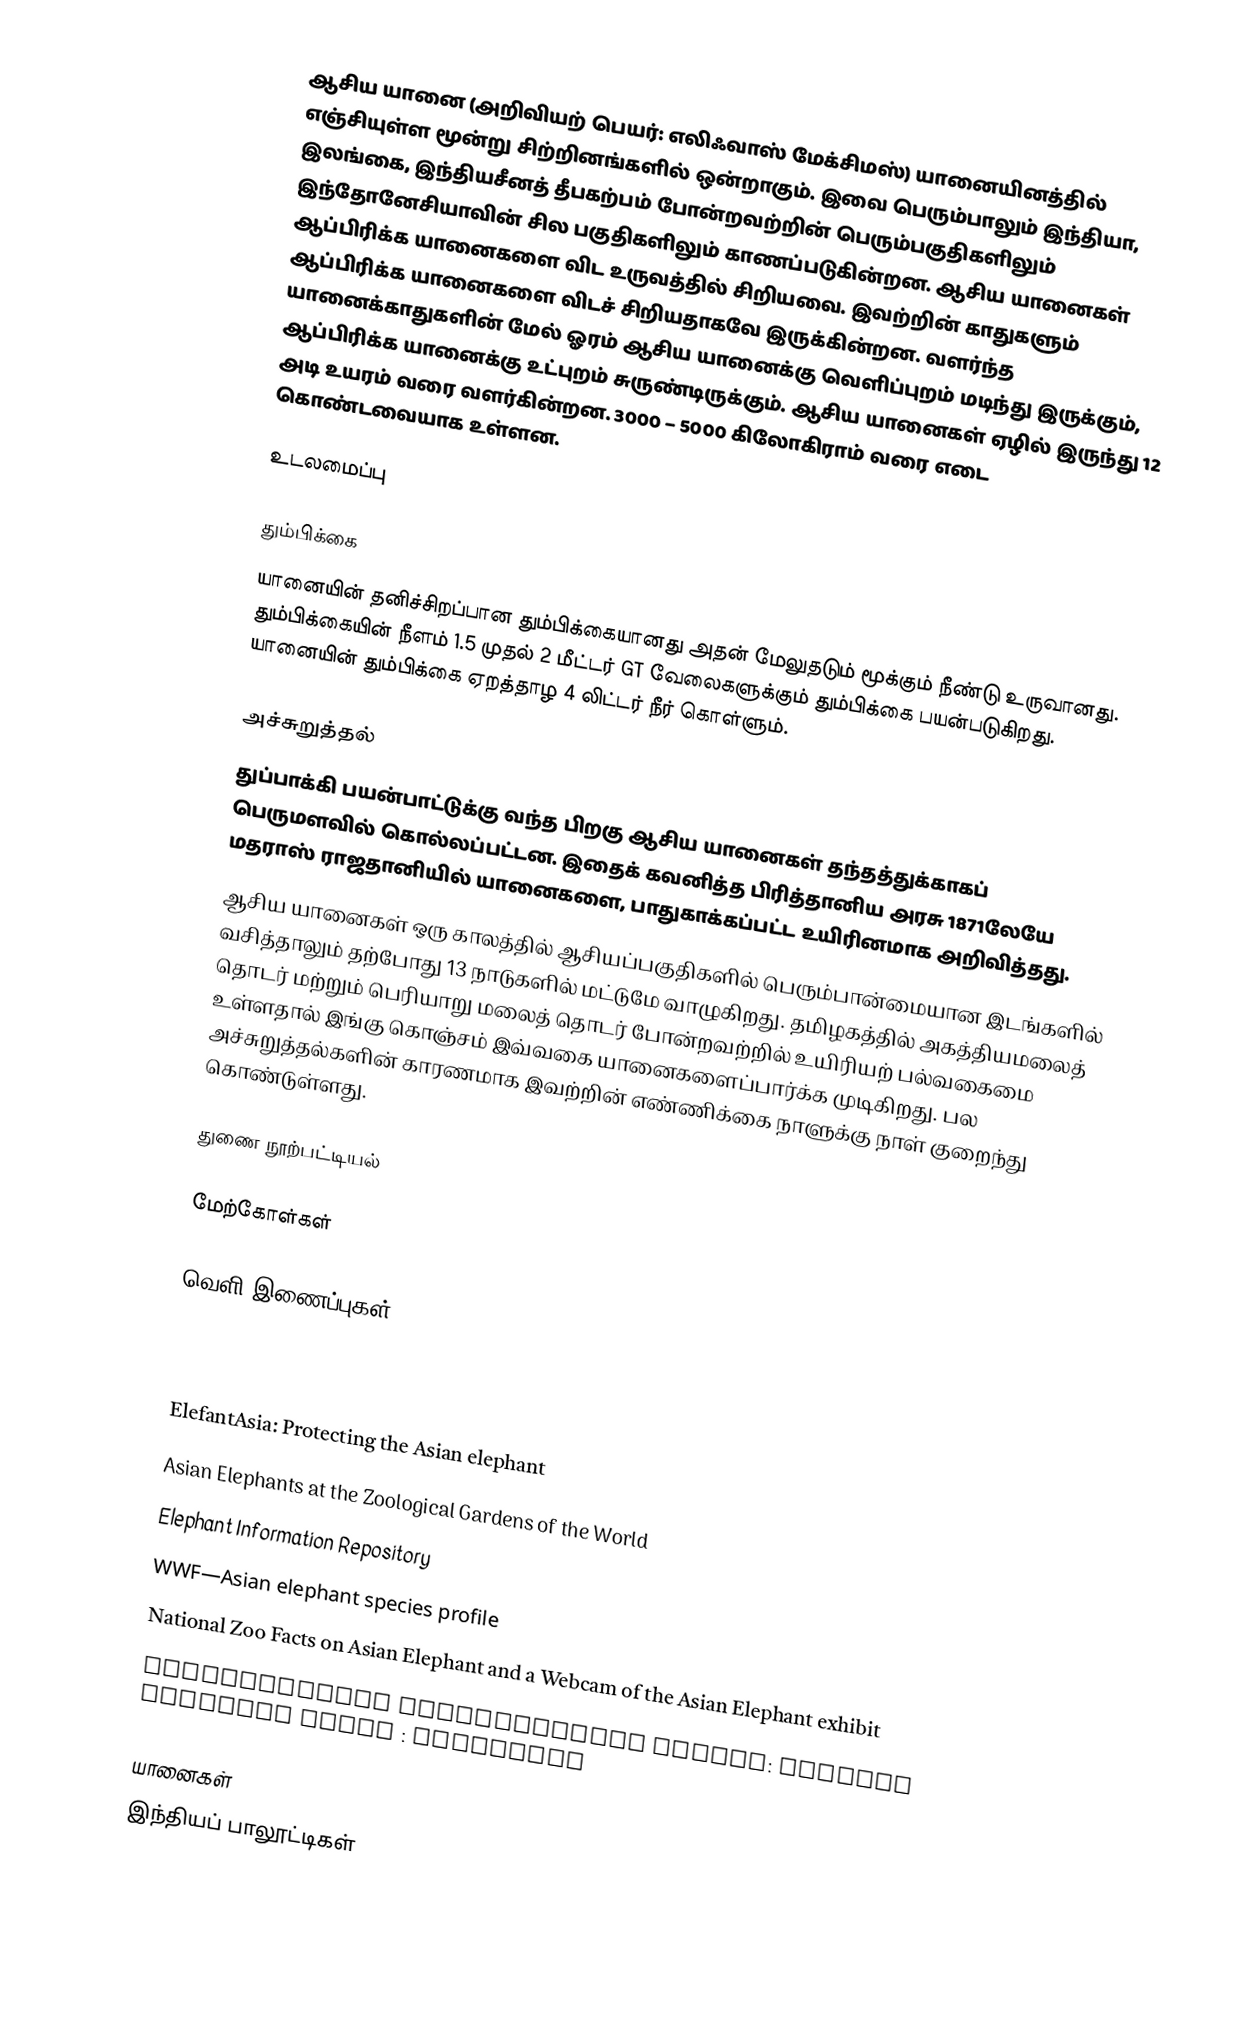
ஆசிய யானை (அறிவியற் பெயர்: எலிஃவாஸ் மேக்சிமஸ்) யானையினத்தில் எஞ்சியுள்ள மூன்று சிற்றினங்களில் ஒன்றாகும். இவை பெரும்பாலும் இந்தியா, இலங்கை, இந்தியசீனத் தீபகற்பம் போன்றவற்றின் பெரும்பகுதிகளிலும் இந்தோனேசியாவின் சில பகுதிகளிலும் காணப்படுகின்றன. ஆசிய யானைகள் ஆப்பிரிக்க யானைகளை விட உருவத்தில் சிறியவை. இவற்றின் காதுகளும் ஆப்பிரிக்க யானைகளை விடச் சிறியதாகவே இருக்கின்றன. வளர்ந்த யானைக்காதுகளின் மேல் ஓரம் ஆசிய யானைக்கு வெளிப்புறம் மடிந்து இருக்கும், ஆப்பிரிக்க யானைக்கு உட்புறம் சுருண்டிருக்கும். ஆசிய யானைகள் ஏழில் இருந்து 12 அடி உயரம் வரை வளர்கின்றன. 3000 – 5000 கிலோகிராம் வரை எடை கொண்டவையாக உள்ளன.

உடலமைப்பு

தும்பிக்கை
யானையின் தனிச்சிறப்பான தும்பிக்கையானது அதன் மேலுதடும் மூக்கும் நீண்டு உருவானது. தும்பிக்கையின் நீளம் 1.5 முதல் 2 மீட்டர் GT வேலைகளுக்கும் தும்பிக்கை பயன்படுகிறது. யானையின் தும்பிக்கை ஏறத்தாழ 4 லிட்டர் நீர் கொள்ளும்.

அச்சுறுத்தல்
துப்பாக்கி பயன்பாட்டுக்கு வந்த பிறகு ஆசிய யானைகள்  தந்தத்துக்காகப் பெருமளவில் கொல்லப்பட்டன. இதைக் கவனித்த பிரித்தானிய அரசு 1871லேயே மதராஸ் ராஜதானியில் யானைகளை, பாதுகாக்கப்பட்ட உயிரினமாக அறிவித்தது.
ஆசிய யானைகள் ஒரு காலத்தில் ஆசியப்பகுதிகளில் பெரும்பான்மையான இடங்களில் வசித்தாலும் தற்போது 13 நாடுகளில் மட்டுமே வாழுகிறது. தமிழகத்தில் அகத்தியமலைத் தொடர் மற்றும் பெரியாறு மலைத் தொடர் போன்றவற்றில் உயிரியற் பல்வகைமை உள்ளதால் இங்கு கொஞ்சம் இவ்வகை யானைகளைப்பார்க்க முடிகிறது. பல அச்சுறுத்தல்களின் காரணமாக இவற்றின் எண்ணிக்கை நாளுக்கு நாள் குறைந்து கொண்டுள்ளது.

துணை நூற்பட்டியல்

மேற்கோள்கள்

வெளி இணைப்புகள்

 Save Elephant Foundation
 International Elephant Foundation
 ElefantAsia: Protecting the Asian elephant
 Asian Elephants at the Zoological Gardens of the World
 Elephant Information Repository
 WWF—Asian elephant species profile
 National Zoo Facts on Asian Elephant and a Webcam of the Asian Elephant exhibit
 Environmental Investigation Agency: Illegal Wildlife Trade : Elephants

யானைகள்
இந்தியப் பாலூட்டிகள்